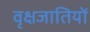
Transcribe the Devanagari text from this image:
वृक्षजातियों